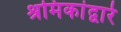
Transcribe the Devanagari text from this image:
श्रमिकांद्वारे